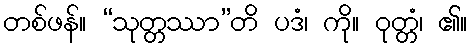
တစ်ဖန်။ “သုတ္တဿာ”တိ ပဒံ၊ ကို။ ဝုတ္တံ၊ ၏။